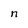
Character: n